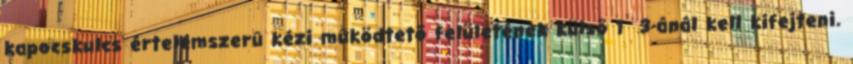
kapocskulcs értelemszerû kézi mûködtetõ felületének külsõ 1 3-ánál kell kifejteni.